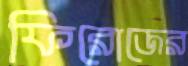
ফিরোজের